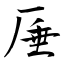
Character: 厜